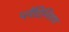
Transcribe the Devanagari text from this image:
प्लॅटिनियम